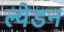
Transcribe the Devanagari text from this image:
ल्येडन